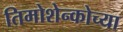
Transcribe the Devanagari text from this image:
तिमोशेन्कोच्या